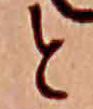
と